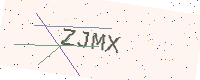
Text: ZJMX